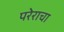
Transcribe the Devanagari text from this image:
परेराचा